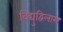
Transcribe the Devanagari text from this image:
विद्युद्विलास